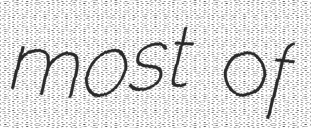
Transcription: most of